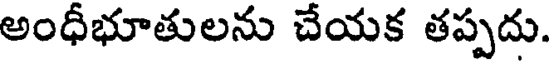
అంధీభూతులను చేయక తప్పదు.